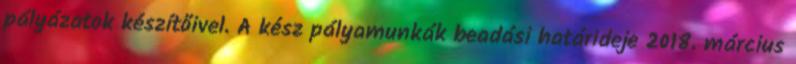
pályázatok készítőivel. A kész pályamunkák beadási határideje 2018. március